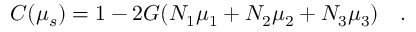
C ( \mu _ { s } ) = 1 - 2 G ( N _ { 1 } \mu _ { 1 } + N _ { 2 } \mu _ { 2 } + N _ { 3 } \mu _ { 3 } ) ~ ~ ~ .